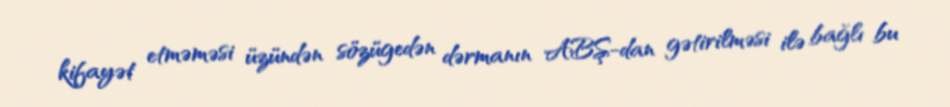
kifayət etməməsi üzündən sözügedən dərmanın ABŞ-dan gətirilməsi ilə bağlı bu